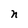
Character: n